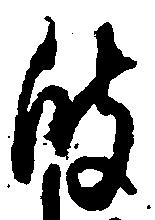
彼